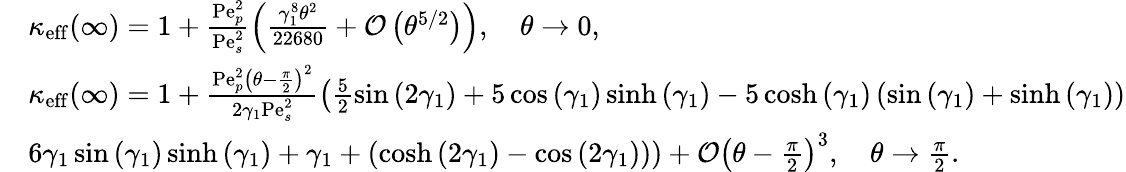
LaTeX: \begin{array}{rl}&{\kappa_{\mathrm{eff}}(\infty)=1+\frac{\mathrm{Pe}_{p}^{2}}{\mathrm{Pe}_{s}^{2}}\left(\frac{\gamma_{1}^{8}\theta^{2}}{22680}+\mathcal{O}\left(\theta^{5/2}\right)\right),\quad\theta\rightarrow 0,}\\ &{\kappa_{\mathrm{eff}}(\infty)=1+\frac{\mathrm{Pe}_{p}^{2}\left(\theta-\frac{\pi}{2}\right)^{2}}{2\gamma_{1}\mathrm{Pe}_{s}^{2}}\left(\frac{5}{2}\sin\left(2\gamma_{1}\right)+5\cos\left(\gamma_{1}\right)\sinh\left(\gamma_{1}\right)-5\cosh\left(\gamma_{1}\right)\left(\sin\left(\gamma_{1}\right)+\sinh\left(\gamma_{1}\right)\right)\right.}\\ &{\left.6\gamma_{1}\sin\left(\gamma_{1}\right)\sinh\left(\gamma_{1}\right)+\gamma_{1}+\left(\cosh\left(2\gamma_{1}\right)-\cos\left(2\gamma_{1}\right)\right)\right)+\mathcal{O}\left(\theta-\frac{\pi}{2}\right)^{3},\quad\theta\rightarrow\frac{\pi}{2}.}\end{array}